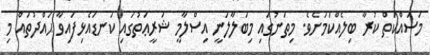
މަސައްކަތް ކުރާ ބިލެއްކަމަށެވެ. މިތަނުގައި މިބަލާލަނީ އިސްލާމީ ޝަރީޢަތުގައި ކަނޑައެޅިފައިވާ ޙައްދުތައް މި